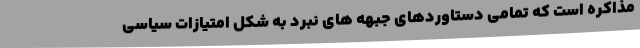
مذاکره است که تمامی دستاوردهای جبهه های نبرد به شکل امتیازات سیاسی